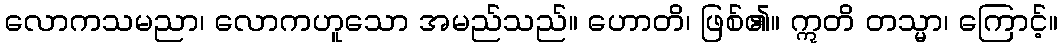
လောကသမညာ၊ လောကဟူသော အမည်သည်။ ဟောတိ၊ ဖြစ်၏။ ဣတိ တသ္မာ၊ ကြောင့်။